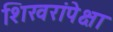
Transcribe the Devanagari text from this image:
शिखरांपेक्षा